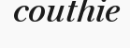
couthie